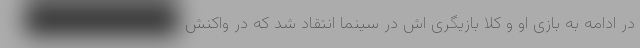
در ادامه به بازی او و کلا بازیگری اش در سینما انتقاد شد که در واکنش